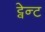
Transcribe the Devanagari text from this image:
ट्वेन्ट